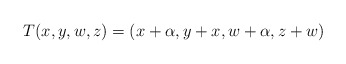
\begin{align*}T(x,y,w,z) = (x + \alpha, y + x, w + \alpha, z + w)\end{align*}